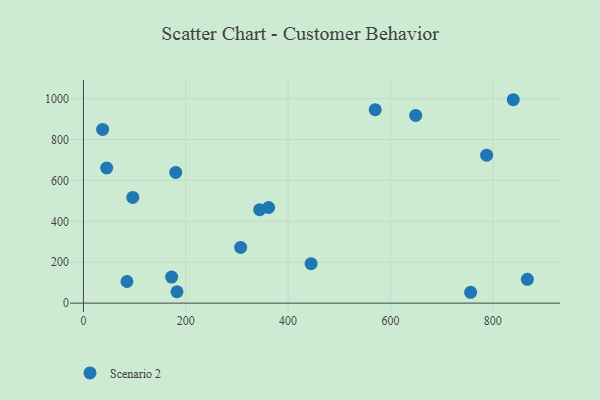
{"axis": {"x": "Ad Spend", "y": "Yield"}, "legend": ["Scenario 2"], "data": [{"x": "45.4", "y": 660.8, "type": "Scenario 2"}, {"x": "182.8", "y": 55.6, "type": "Scenario 2"}, {"x": "362.0", "y": 467.7, "type": "Scenario 2"}, {"x": "840.0", "y": 994.7, "type": "Scenario 2"}, {"x": "96.4", "y": 517.1, "type": "Scenario 2"}, {"x": "172.4", "y": 127.4, "type": "Scenario 2"}, {"x": "37.5", "y": 849.5, "type": "Scenario 2"}, {"x": "756.7", "y": 53.0, "type": "Scenario 2"}, {"x": "85.1", "y": 105.7, "type": "Scenario 2"}, {"x": "180.4", "y": 639.0, "type": "Scenario 2"}, {"x": "307.2", "y": 272.3, "type": "Scenario 2"}, {"x": "649.3", "y": 917.8, "type": "Scenario 2"}, {"x": "344.5", "y": 456.9, "type": "Scenario 2"}, {"x": "570.2", "y": 946.0, "type": "Scenario 2"}, {"x": "867.6", "y": 116.5, "type": "Scenario 2"}, {"x": "444.9", "y": 193.0, "type": "Scenario 2"}, {"x": "788.0", "y": 723.6, "type": "Scenario 2"}]}